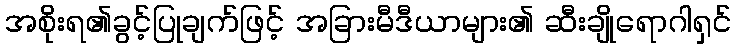
အစိုးရ၏ခွင့်ပြုချက်ဖြင့် အခြားမီဒီယာများ၏ ဆီးချိုရောဂါရှင်